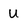
Character: u